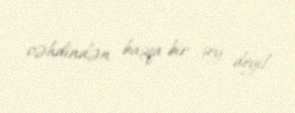
cəhdindən başqa bir şey deyil.